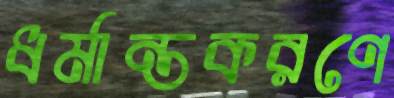
ধর্মান্তকরণে